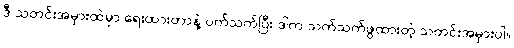
ဒီ သတင်းအမှားထဲမှာ ရေးထားတာနဲ့ ပက်သက်ပြီး ဒါက သက်သက်ဖွထားတဲ့ သတင်းအမှားပါ။